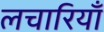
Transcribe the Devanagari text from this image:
लचारियाँ